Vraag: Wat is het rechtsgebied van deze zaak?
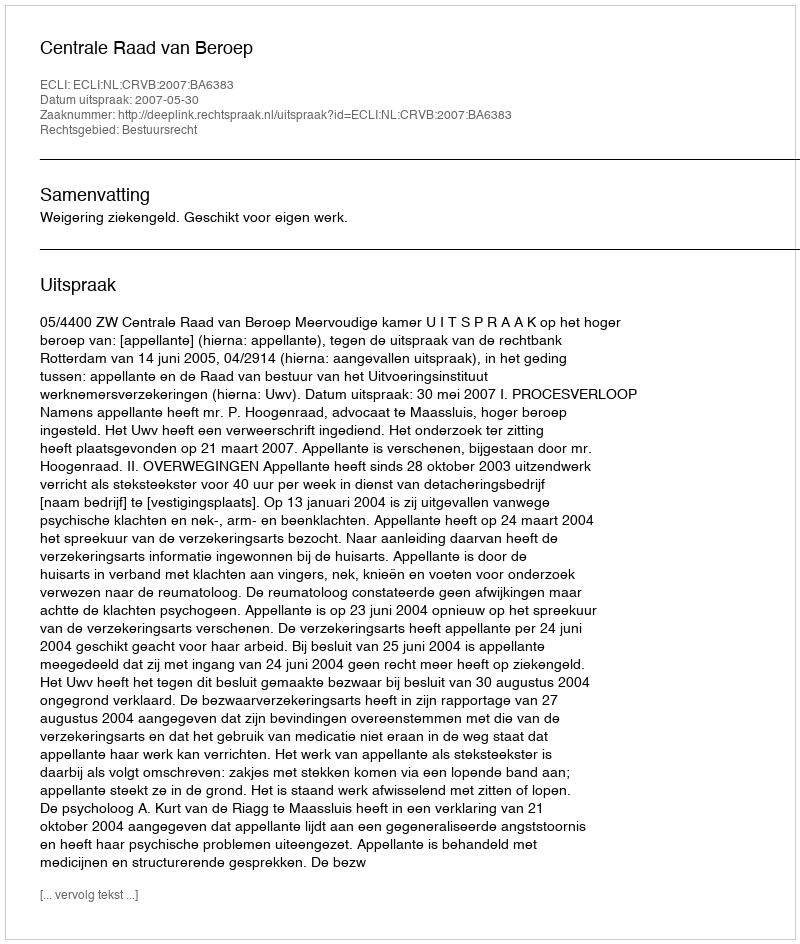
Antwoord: Bestuursrecht